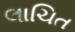
લાચિત